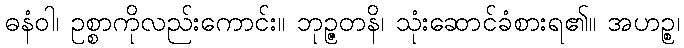
ဓနံဝါ၊ ဥစ္စာကိုလည်းကောင်း။ ဘုဉ္ဇတနိ၊ သုံးဆောင်ခံစားရ၏။ အဟဉ္စ၊